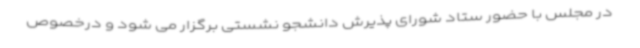
در مجلس با حضور ستاد شورای پذیرش دانشجو نشستی برگزار می شود و درخصوص